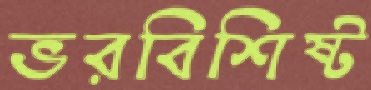
ভরবিশিষ্ট